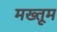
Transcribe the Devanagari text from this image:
मख्तूम